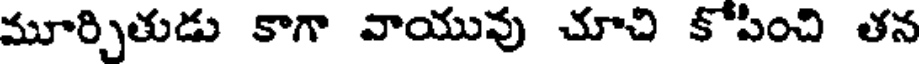
మూర్చితుడు కాగా వాయువు చూచి కోపించి తన